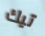
تيك